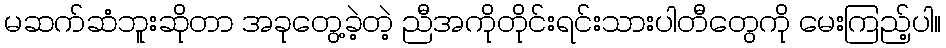
မဆက်ဆံဘူးဆိုတာ အခုတွေ့ခဲ့တဲ့ ညီအကိုတိုင်းရင်းသားပါတီတွေကို မေးကြည့်ပါ။